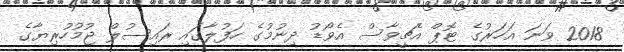
2018 ވަނަ އަހަރުގެ ޓޮޕް އެޗީވާސް އެވޯޑު ދިނުމުގެ ހަފުލާގައި ރައިސުލް ޖުމުހުރިޔާގެ